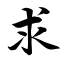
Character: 求